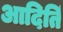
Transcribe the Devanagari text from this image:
आदितिं